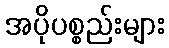
အပိုပစ္စည်းများ